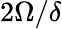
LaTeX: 2\Omega/\delta